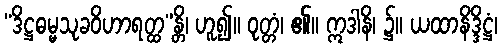
“ဒိဋ္ဌဓမ္မသုခဝိဟာရတ္ထ”န္တိ၊ ဟူ၍။ ဝုတ္တံ၊ ၏။ ဣဒါနိ၊ ၌။ ယထာနိဒ္ဒိဋ္ဌံ၊